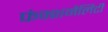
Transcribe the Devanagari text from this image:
फंक्शनैलिटी